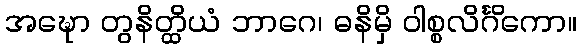
အဍ္ဎော တွနိတ္ထိယံ ဘာဂေ၊ ဓနိမှိ ဝါစ္စလိင်္ဂိကော။